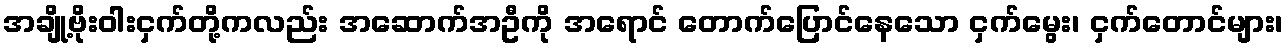
အချို့ဗိုးဝါးငှက်တို့ကလည်း အဆောက်အဦကို အရောင် တောက်ပြောင်နေသော ငှက်မွေး၊ ငှက်တောင်များ၊